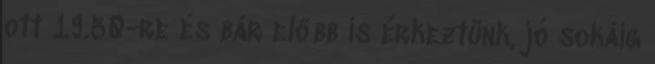
ott 19.50-re és bár előbb is érkeztünk, jó sokáig